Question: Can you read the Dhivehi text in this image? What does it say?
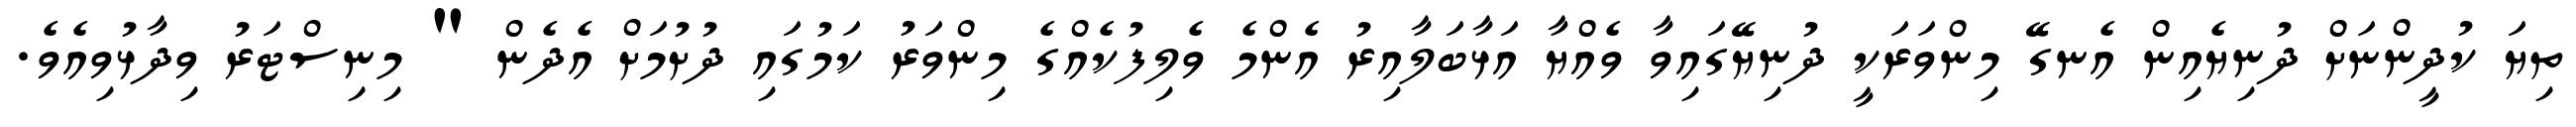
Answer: ތިޔަ ކުދީންނަށް ދުނިޔެއިން އެނގޭ މިންވަރަކީ ދުނިޔޭގައިވާ ވެއްޔާ އަޅާބަލާއިރު އެންމެ ވެލިފުކެއްގެ މިންވަރު ކަމުގައި ދުށުމަށް އެދެން " މިނިސްޓަރު ވިދާޅުވިއެވެ.